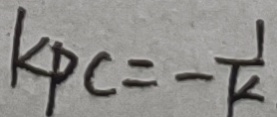
k _ { P C } = - \frac { 1 } { k }